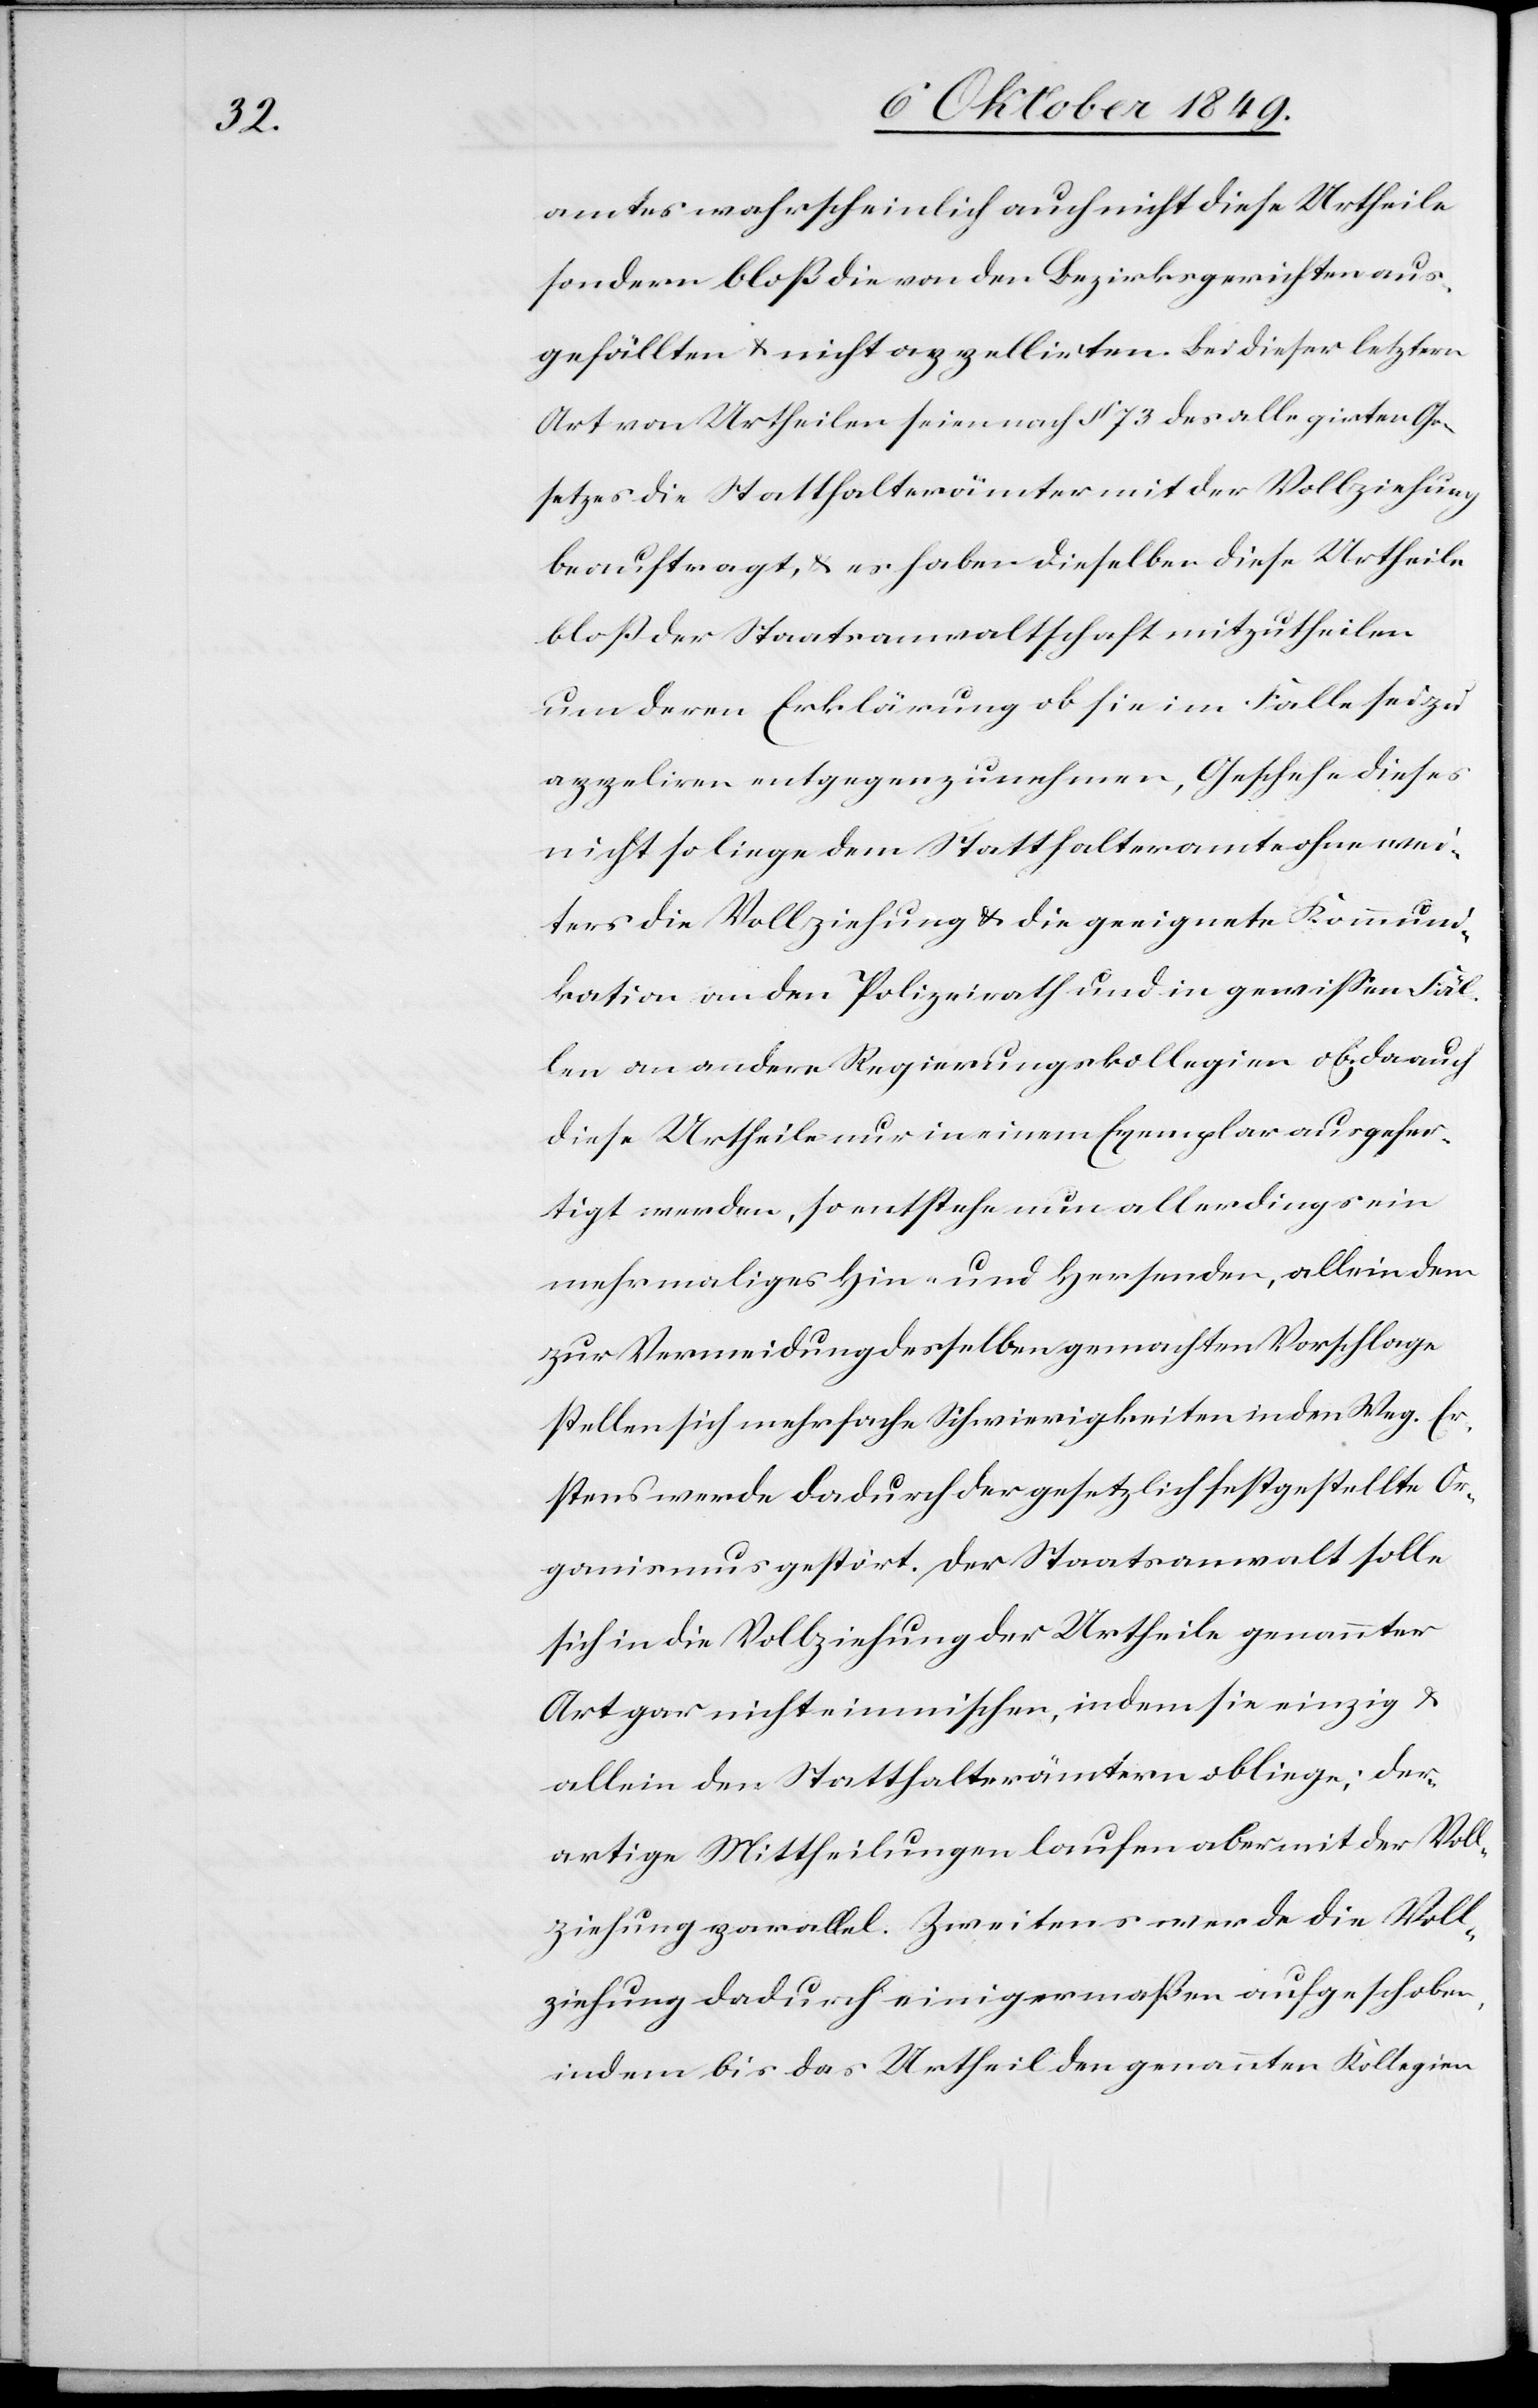
amtes wahrscheinlich auch nicht diese Urtheile
sondern bloß die von den Bezirksgerichten aus¬
gefällten u. nicht appellirten. Bei dieser letztern
Art von Urtheilen seien nach § 73 des allegirten Ge¬
setzes die Statthalterämter mit der Vollziehung
beauftragt, u. es haben dieselben diese Urtheile
bloß der Staatsanwaltschaft mitzutheilen
um deren Erklärung ob sie im Falle sei zu
appelliren entgegenzunehmen. Geschehe dieses
nicht so liege dem Statthalteramte ohne wei¬
ters die Vollziehung u. die geeignete Kommuni¬
kation an den Polizeirath und in gewißen Fäl¬
len an andere Regierungskollegien ob. Da auch
diese Urtheile nur in einem Exemplar ausgefer¬
tigt werden, so entstehe nun allerdings ein
mehrmaliges Hin- und Hersenden, allein dem
zur Vermeidung desselben gemachten Vorschlage
stellen sich mehrfache Schwierigkeiten in den Weg. Er¬
stens werde dadurch der gesetzlich festgestellte Or¬
ganismus gestört. Der Staatsanwalt solle
sich in die Vollziehung der Urtheile genannter
Art gar nicht einmischen, indem sie einzig u.
allein den Statthalterämtern obliege; der¬
artige Mittheilungen laufen aber mit der Voll¬
ziehung parallel. Zweitens werde die Voll¬
ziehung dadurch einigermaßen aufgeschoben,
indem bis das Urtheil den genannten Kollegien